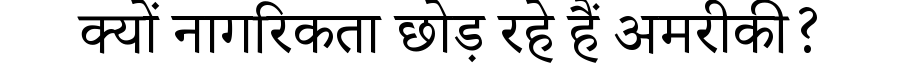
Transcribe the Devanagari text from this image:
क्यों नागरिकता छोड़ रहे हैं अमरीकी?